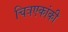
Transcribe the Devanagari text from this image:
चित्रएकांकी